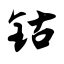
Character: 钴